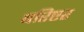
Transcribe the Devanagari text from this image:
बरिष्टर